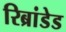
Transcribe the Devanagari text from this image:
रिब्रांडेड